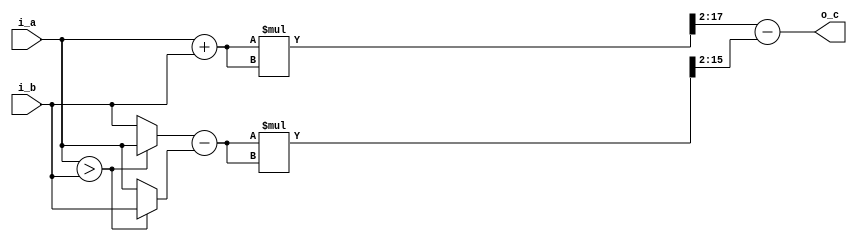
module ib_mul_8x8_qs_l0(
   input    wire  [7:0]    i_a,
   input    wire  [7:0]    i_b,
   output   wire  [15:0]   o_c
);
   wire [8:0] a;
   wire [7:0] t;
   wire [7:0] b;
   wire [7:0] d;
   
   wire        m;

   wire [17:0] a2;
   wire [15:0] b2;

   wire [15:0] as;
   wire [13:0] bs;
  
   assign m    = (i_a > i_b);

   assign a    = (i_a + i_b);
   
   assign m    = (i_a > i_b);       // Difference
   assign t    = (m) ? i_a : i_b;
   assign b    = (m) ? i_b : i_a;
   assign d    = t - b;

   assign a2   = a * a;
   assign b2   = d * d;

   assign as   = a2 >> 2;
   assign bs   = b2 >> 2;

   assign o_c  = as - bs;

endmodule